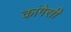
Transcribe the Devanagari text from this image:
कांगेसी